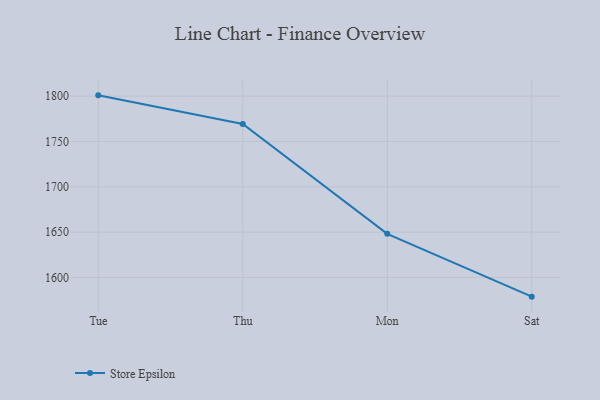
{"axis": {"x": "Day", "y": "Production Output"}, "legend": ["Store Epsilon"], "data": [{"x": "Tue", "y": 1800.8, "type": "Store Epsilon"}, {"x": "Thu", "y": 1769.3, "type": "Store Epsilon"}, {"x": "Mon", "y": 1648.1, "type": "Store Epsilon"}, {"x": "Sat", "y": 1578.9, "type": "Store Epsilon"}]}